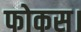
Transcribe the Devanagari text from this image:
फोकस।